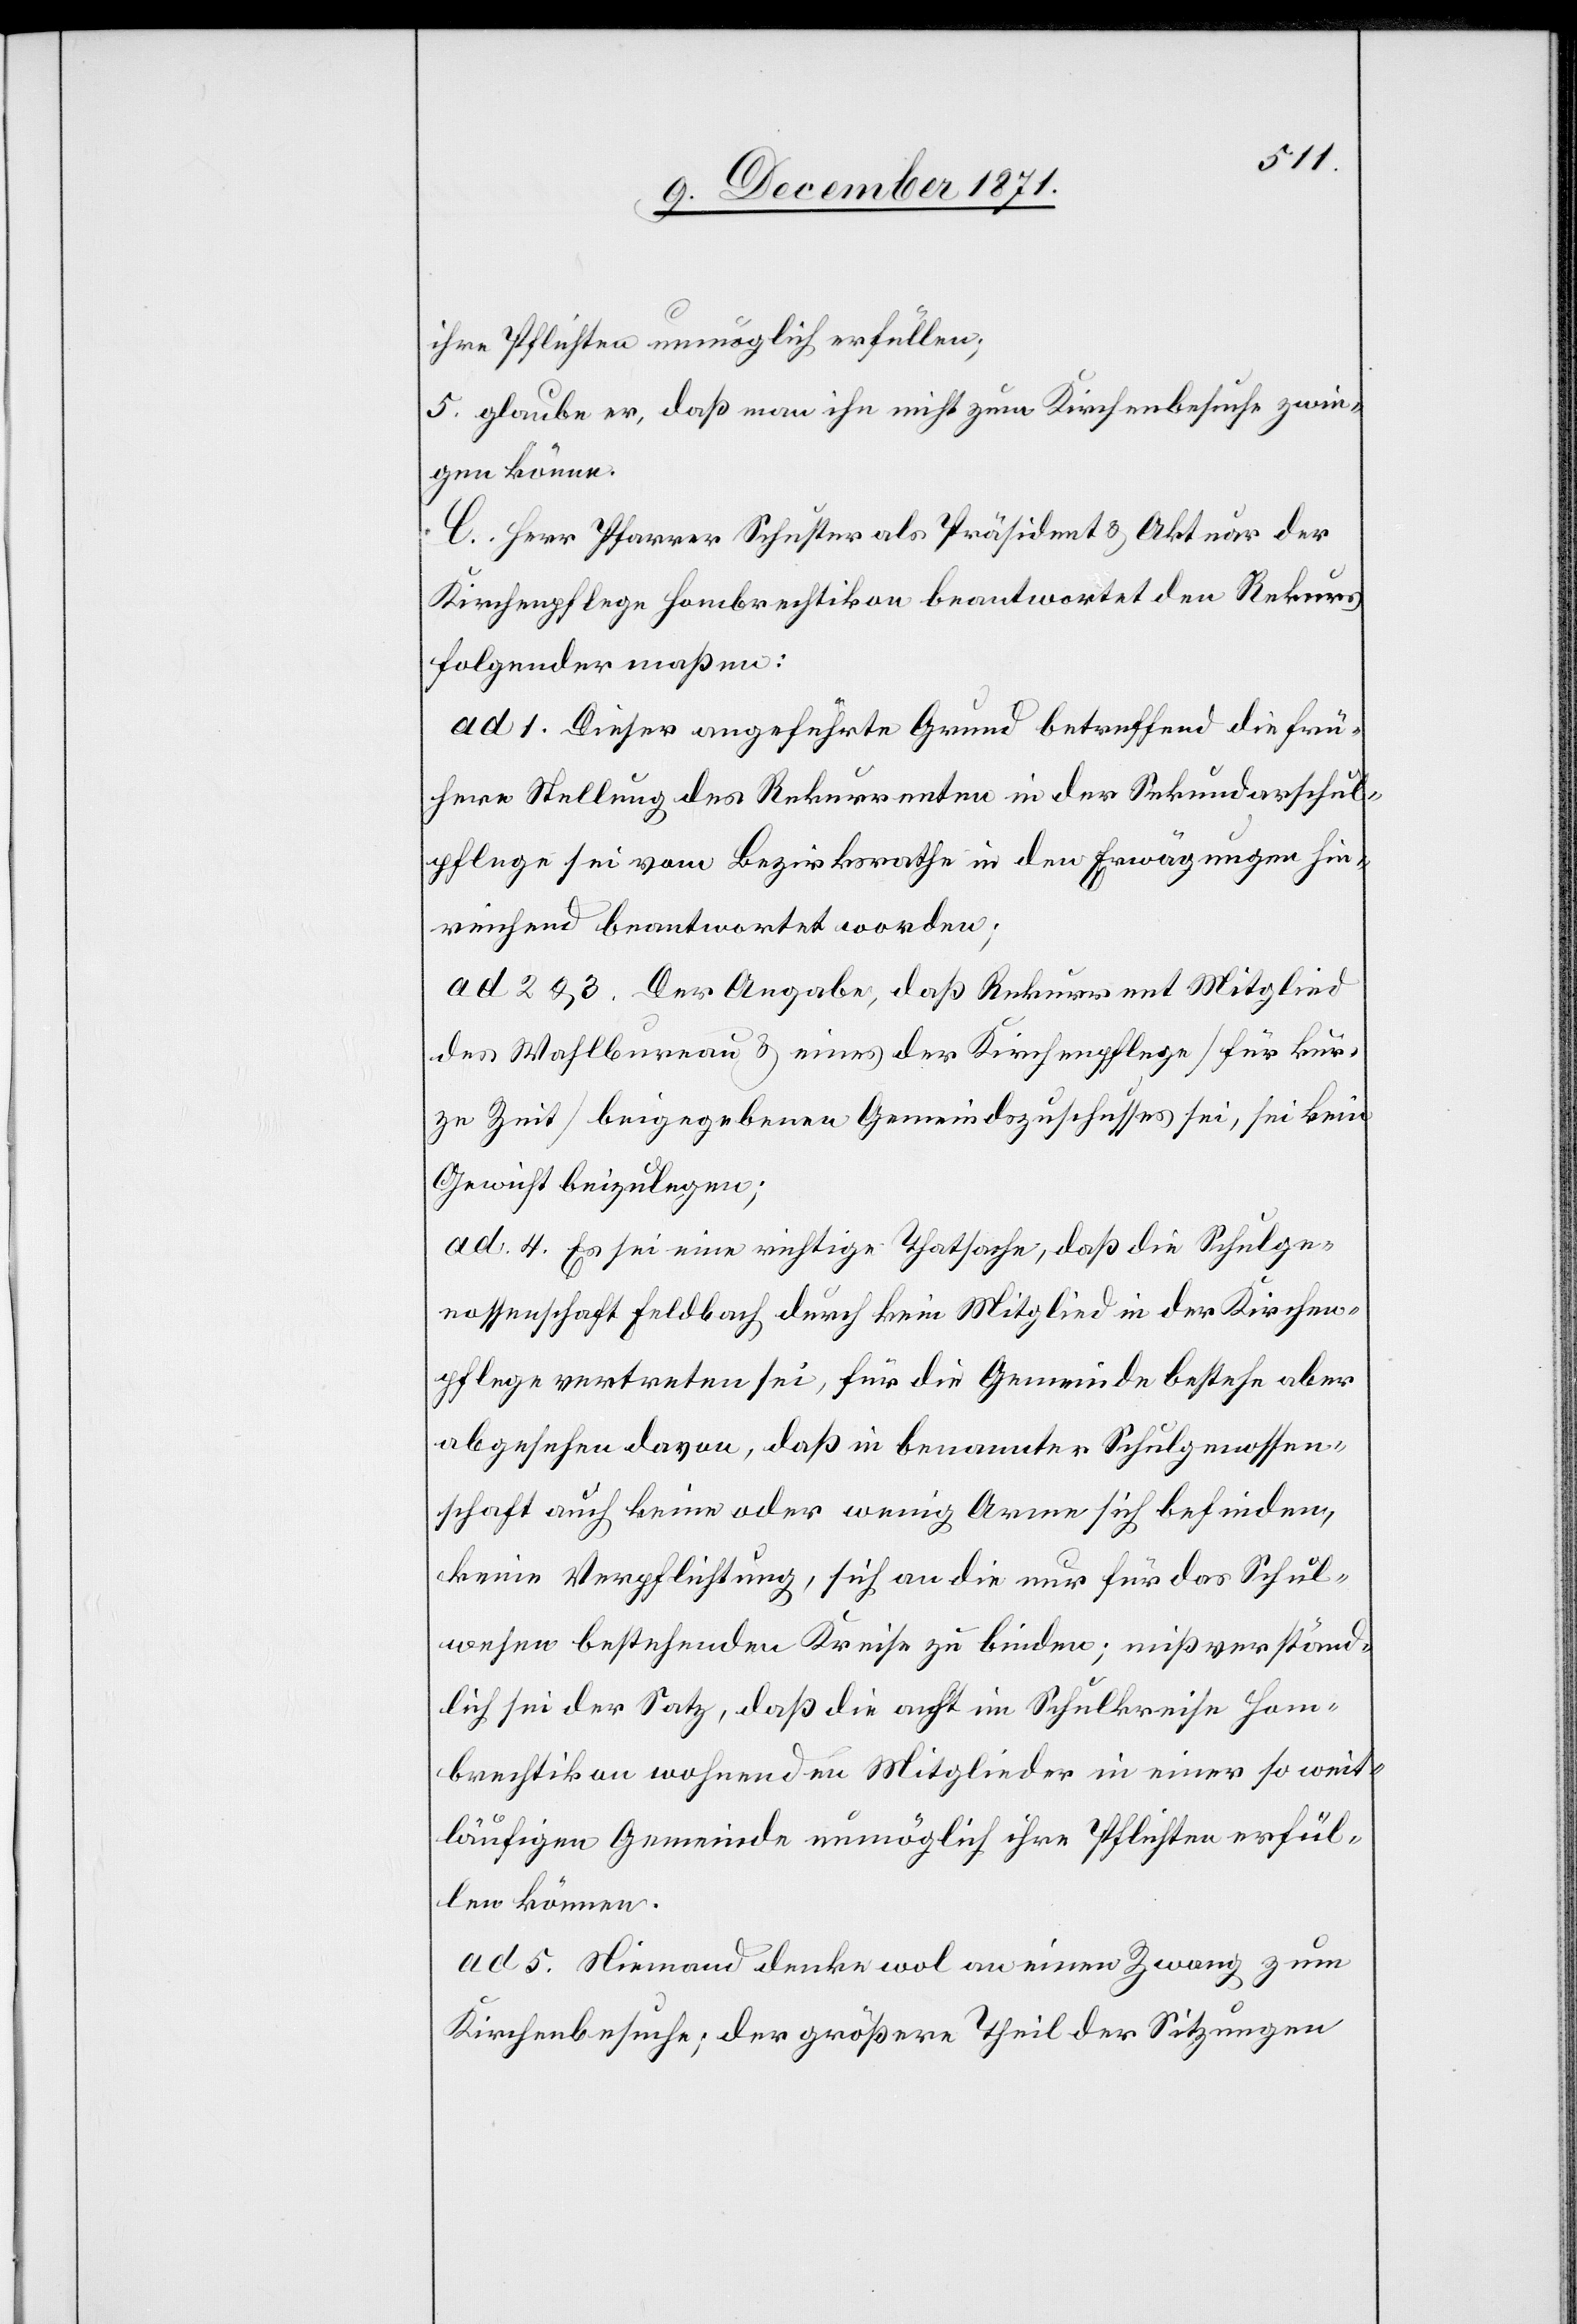
ihre Pflichten unmöglich erfüllen;
5. glaube er, daß man ihn nicht zum Kirchenbesuche zwin¬
gen könne.
C. Herr Pfarrer Schuster als Präsident & Akteur der
Kirchenpflege Hombrechtikon beantwortet den Rekurs
folgendermaßen:
ad 1. Dieser angeführte Grund betreffend die frü¬
here Stellung des Rekurrenten in der Sekundarschul¬
pflege sei vom Bezirksrathe in den Erwägungen hin¬
reichend beantwortet worden;
ad 2 & 3. Der Angabe, daß Rekurrent Mitglied
des Wahlbureau & eines der Kirchenpflege [für kur¬
ze Zeit] beigegebenen Gemeindszuschusses sei, sei kein
Gewicht beizulegen;
ad 4. Es sei eine richtige Thatsache, daß die Schulge¬
nossenschaft Feldbach durch kein Mitglied in der Kirchen¬
pflege vertreten sei, für die Gemeinde bestehe aber
abgesehen davon, daß in benannter Schulgenossen¬
schaft auch keine oder wenig Arme sich befinden,
keine Verpflichtung, sich an die nur für das Schul¬
wesen bestehenden Kreise zu binden; missverständ¬
lich sei der Satz, daß die acht im Schulkreise Hom¬
brechtikon wohnenden Mitglieder in einer so weit¬
läufigen Gemeinde unmöglich ihre Pflichten erfül¬
len können.
ad 5. Niemand denke wol an einen Zwang zum
Kirchenbesuche; der größere Theil der Sitzungen